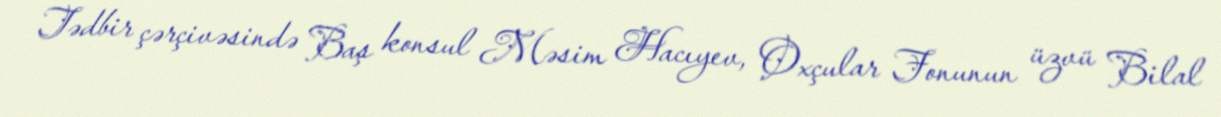
Tədbir çərçivəsində Baş konsul Məsim Hacıyev, Oxçular Fonunun üzvü Bilal